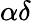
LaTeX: \alpha\delta